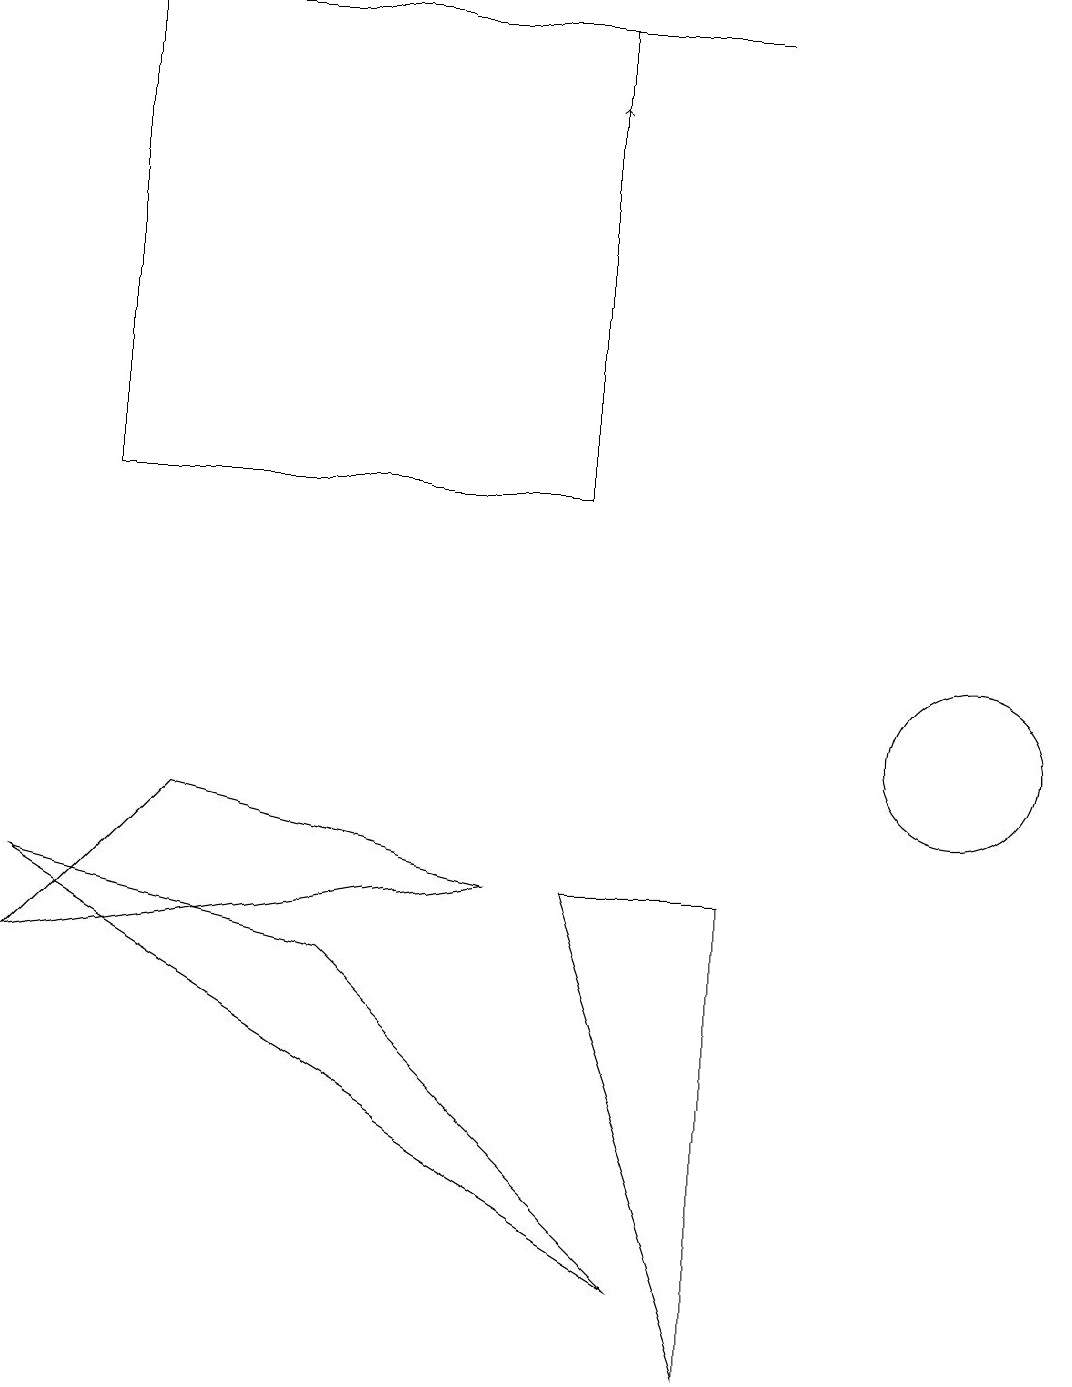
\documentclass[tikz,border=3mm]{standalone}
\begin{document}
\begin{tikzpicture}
\draw[->] (7,15) -- (7,18);
\draw (4,7) -- (0,8) -- (8,3) -- cycle;
\draw (6,8) -- (2,9) -- (0,7) -- cycle;
\draw (10,11) circle (0);
\draw (12,10) circle (1);
\draw (1,13) rectangle (7,19);
\draw (4,19) rectangle (9,19);
\draw (9,2) -- (7,8) -- (9,8) -- cycle;
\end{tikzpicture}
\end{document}